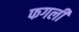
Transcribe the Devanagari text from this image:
फगली